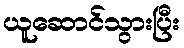
ယူဆောင်သွားပြီး